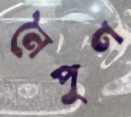
নৈপুণ